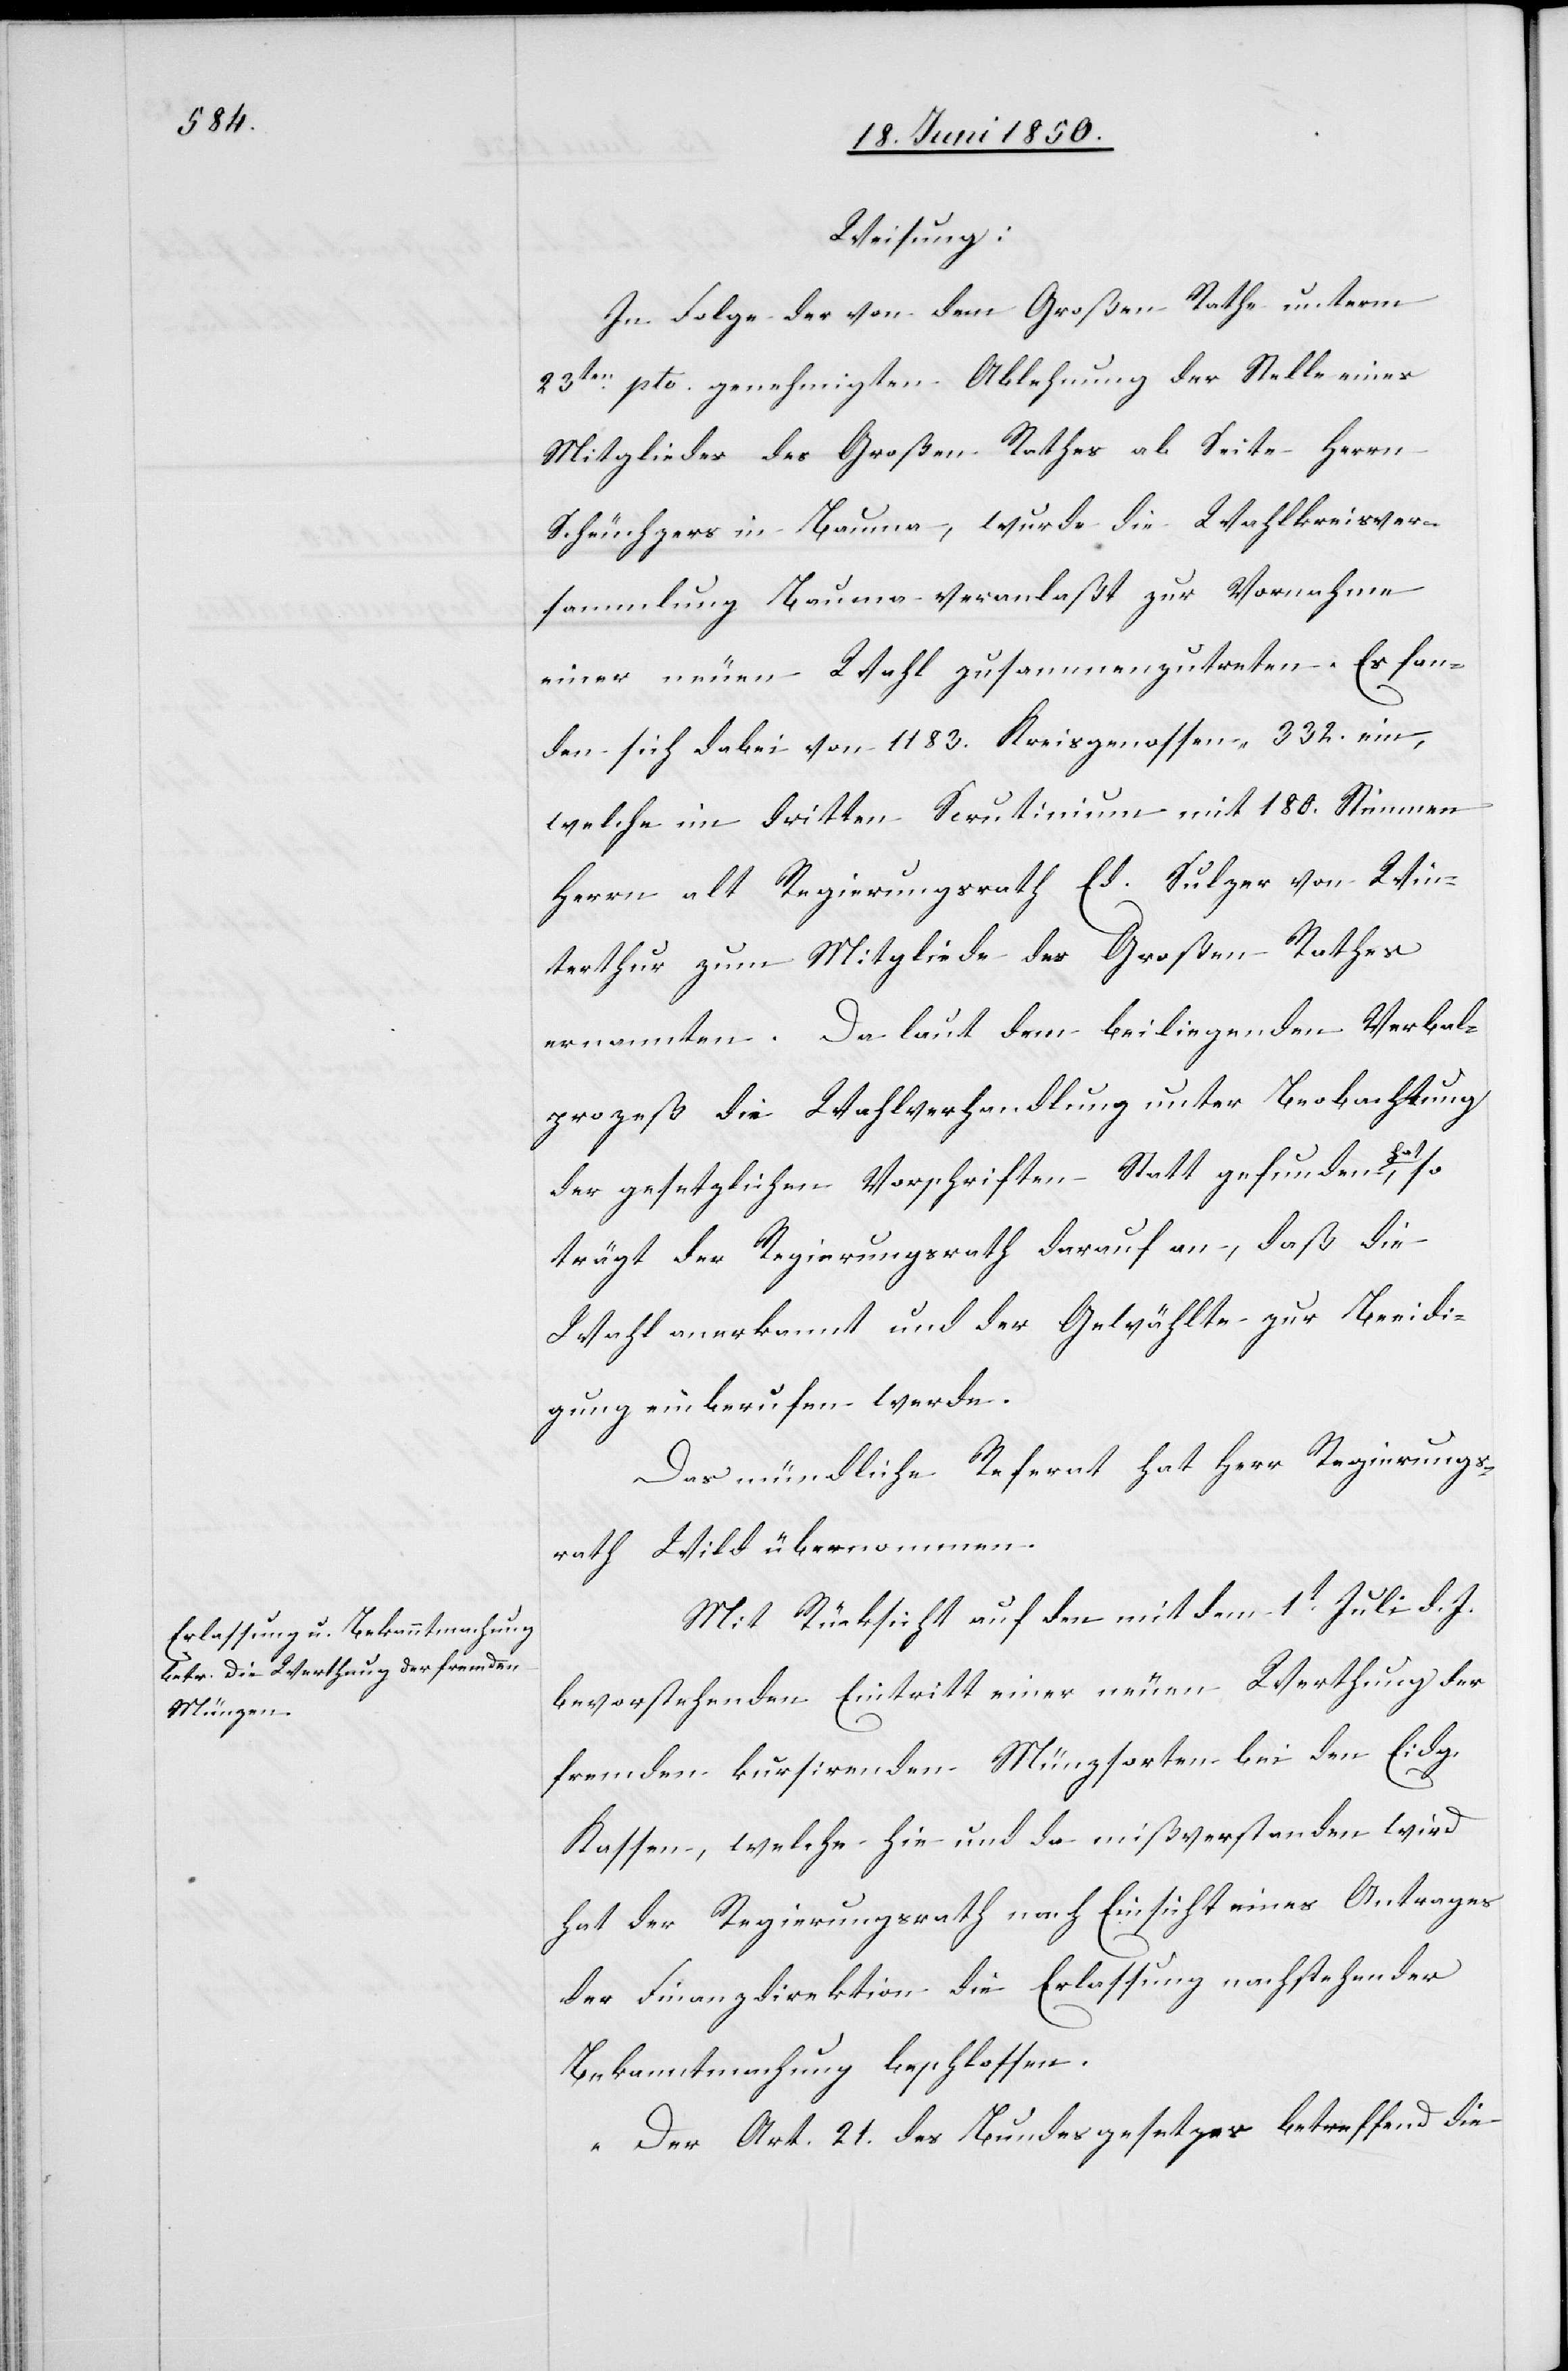
Weisung:
In Folge der von dem Großen Rathe unterm
23ten pto. genehmigten Ablehnung der Stelle eines
Mitgliedes des Großen Rathes ab Seite Herrn
Scheuchzers in Bauma, wurde die Wahlkreisver¬
sammlung Bauma veranlaßt zur Vornahme
einer neuen Wahl zusammenzutreten. Es fan¬
den sich dabei von 1183. Kreisgenossen, 332. ein,
welche im dritten Scrutinium mit 180. Stimmen
Herrn alt Regierungsrath Ed. Sulzer von Win¬
terthur zum Mitgliede des Großen Rathes
ernannten. Da laut dem beiliegenden Verbal¬
prozeß die Wahlverhandlung unter Beobachtung
der gesetzlichen Vorschriften Statt gefunden hat, so
trägt der Regierungsrath darauf an, daß die
Wahl anerkannt und der Gewählte zur Beeidi¬
gung einberufen werde.
Das mündliche Referat hat Herr Regierungs¬
rath Wild übernommen.
Mit Rücksicht auf den mit dem 1t Juli d. J.
bevorstehenden Eintritt einer neuen Werthung der
fremden kursirenden Münzsorten bei den Eidg.
Kassen, welche hie und da mißverstanden wird
hat der Regierungsrath nach Einsicht eines Antrages
der Finanzdirektion die Erlassung nachstehender
Bekanntmachung beschlossen.
„Der Art. 21. des Bundesgesetzes betreffend die